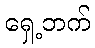
ရှေ့ဘက်